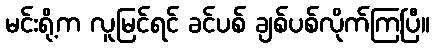
မင်းရို့က လူမြင်ရင် ခင်ပစ် ချစ်ပစ်လိုက်ကြပြီ။